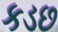
કડછ